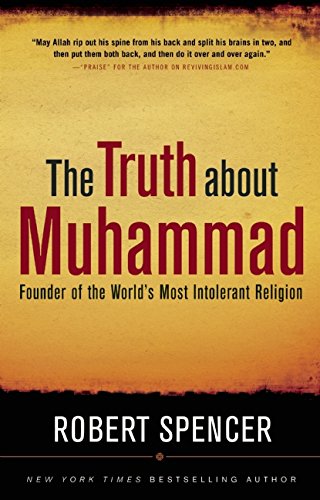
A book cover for The Truth About Muhammad: Founder of the World's Most Intolerant Religion; Robert Spencer; Religion & Spirituality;